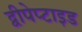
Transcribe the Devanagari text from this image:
द्वीपेप्टाइड